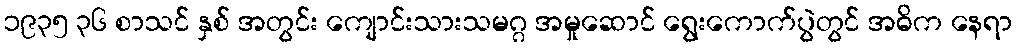
၁၉၃၅ ၃၆ စာသင် နှစ် အတွင်း ကျောင်းသားသမဂ္ဂ အမှုဆောင် ရွေးကောက်ပွဲတွင် အဓိက နေရာ